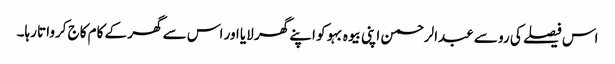
اس فیصلے کی رو سے عبدالرحمن اپنی بیوہ بہو کو اپنے گھر لایا اور اس سے گھر کے کام کاج کرواتا رہا۔